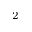
^ { 2 }